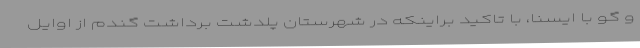
و گو با ایسنا، با تاکید براینکه در شهرستان پلدشت برداشت گندم از اوایل